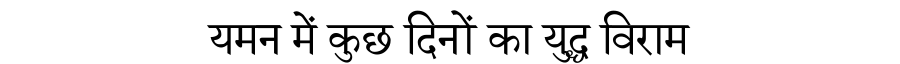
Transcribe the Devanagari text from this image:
यमन में कुछ दिनों का युद्ध विराम